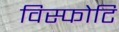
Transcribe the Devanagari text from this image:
विस्फोटि